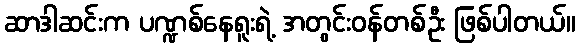
ဆာဒါဆင်းက ပဏ္ဍစ်နေရူးရဲ့ အတွင်းဝန်တစ်ဦး ဖြစ်ပါတယ်။